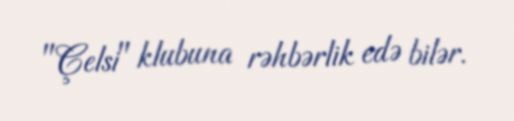
"Çelsi" klubuna rəhbərlik edə bilər.